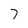
Character: 7